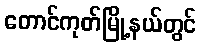
တောင်ကုတ်မြို့နယ်တွင်